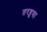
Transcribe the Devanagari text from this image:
तरहुवा